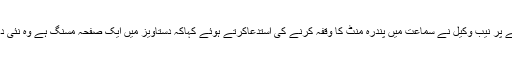
اس دوران دستاویزات مکمل نہ ہونے پر نیب وکیل نے سماعت میں پندرہ منٹ کا وقفہ کرنے کی استدعاکرتے ہوئے کہاکہ دستاویز میں ایک صفحہ مسنگ ہے وہ نئی درخواست کے ساتھ جمع کرادینگے۔